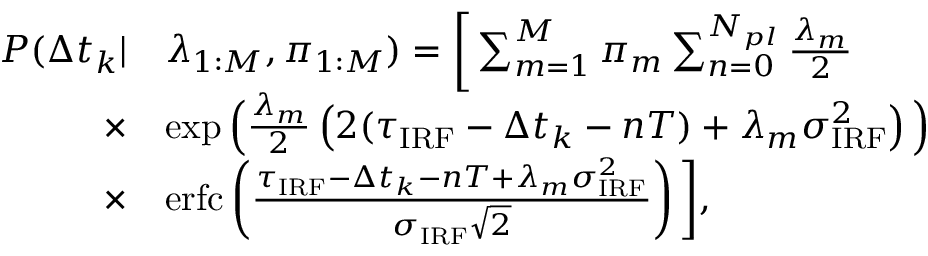
\begin{array} { r l } { P ( \Delta t _ { k } | } & { \lambda _ { 1 : M } , \pi _ { 1 : M } ) = \bigg [ \sum _ { m = 1 } ^ { M } \pi _ { m } \sum _ { n = 0 } ^ { N _ { p l } } \frac { \lambda _ { m } } { 2 } } \\ { \times } & { \exp \Big ( \frac { \lambda _ { m } } { 2 } \left( 2 ( \tau _ { \mathrm { I R F } } - \Delta t _ { k } - n T ) + \lambda _ { m } \sigma _ { \mathrm { I R F } } ^ { 2 } \right) \Big ) } \\ { \times } & { \mathrm { e r f c } \left( \frac { \tau _ { \mathrm { I R F } } - \Delta t _ { k } - n T + \lambda _ { m } \sigma _ { \mathrm { I R F } } ^ { 2 } } { \sigma _ { \mathrm { I R F } } \sqrt { 2 } } \right) \bigg ] , } \end{array}